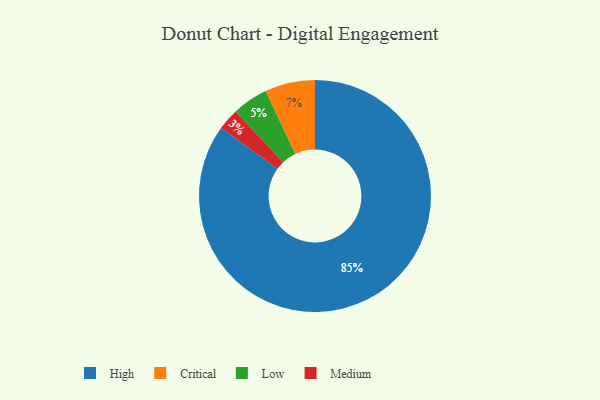
{"axis": {"x": "Category", "y": "Percentage"}, "legend": ["Critical", "High", "Low", "Medium"], "data": [{"x": "High", "y": 85, "type": "High"}, {"x": "Medium", "y": 3, "type": "Medium"}, {"x": "Low", "y": 5, "type": "Low"}, {"x": "Critical", "y": 7, "type": "Critical"}]}